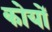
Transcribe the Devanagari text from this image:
कोयों